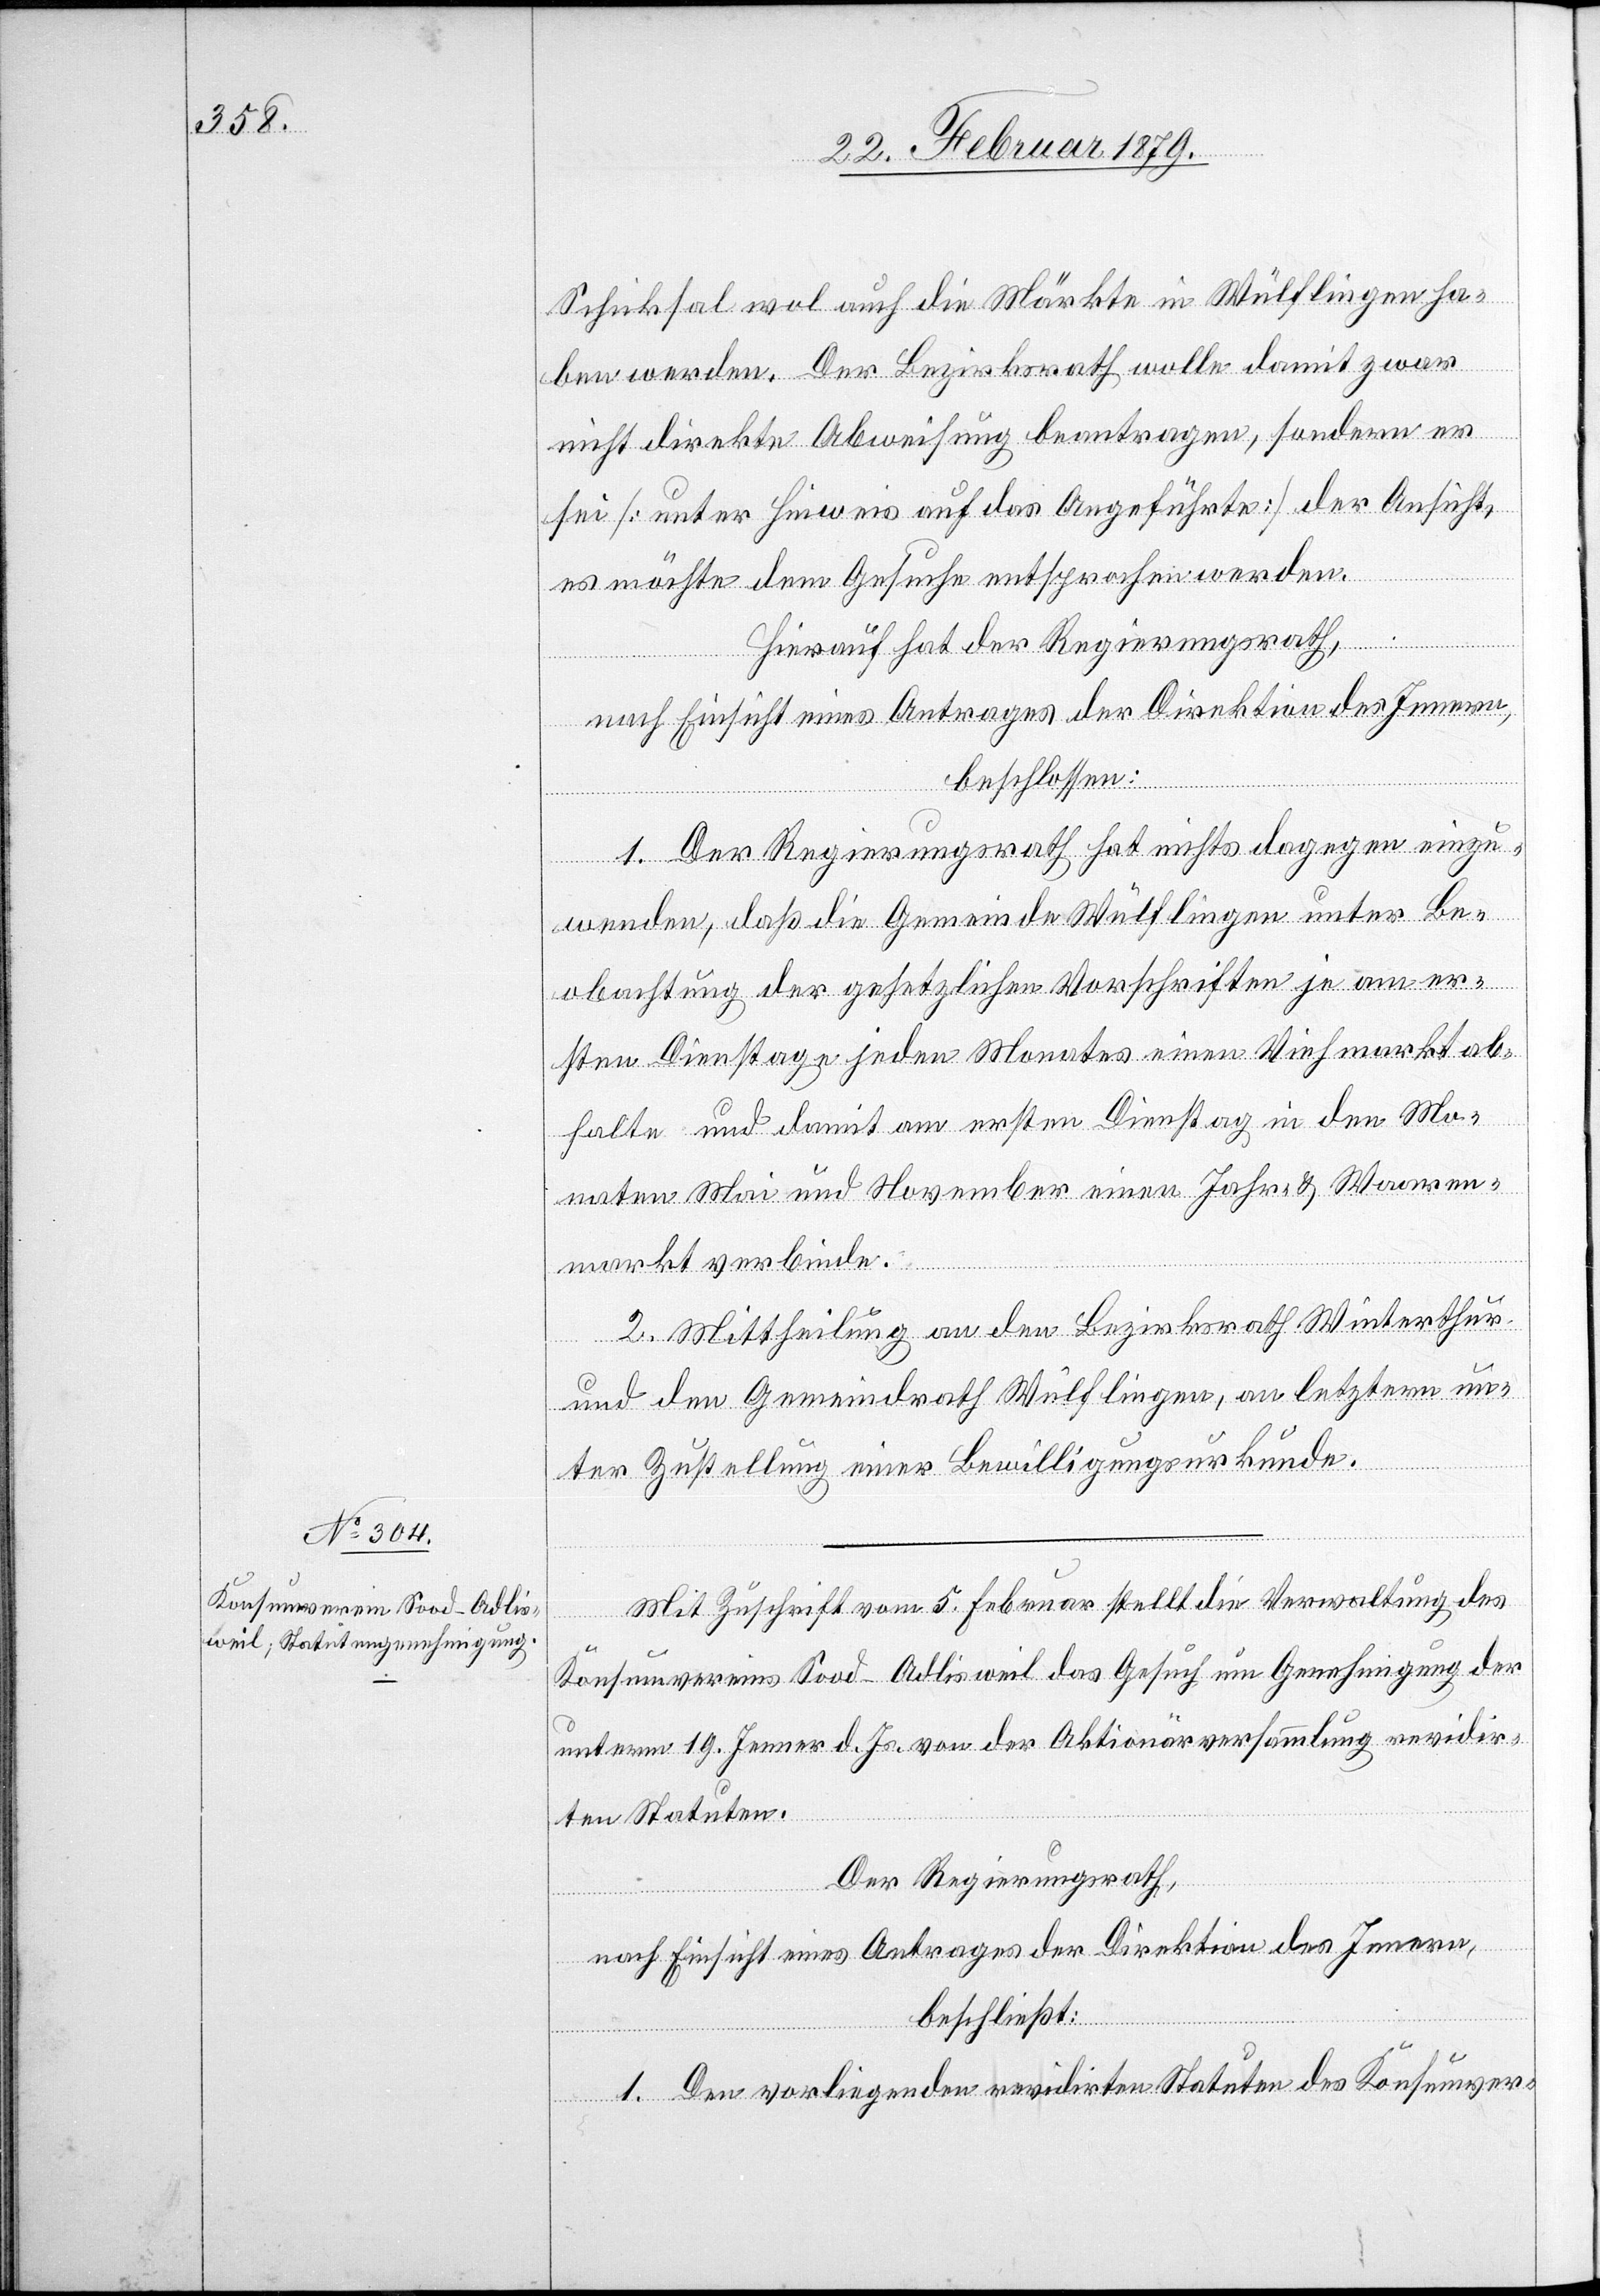
Schicksal wol auch die Märkte in Wülflingen ha¬
ben werden. Der Bezirksrath wolle damit zwar
nicht direkte Abweisung beantragen, sondern er
sei [unter Hinweis auf das Angeführte] der Ansicht,
es möchte dem Gesuche entsprochen werden.
Hierauf hat der Regierungsrath,
nach Einsicht eines Antrages der Direktion des Innern,
beschlossen:
1. Der Regierungsrath hat nichts dagegen einzu¬
wenden, daß die Gemeinde Wülflingen unter Be¬
obachtung der gesetzlichen Vorschriften je am er¬
sten Dienstage jeden Monates einen Viehmarkt ab¬
halte und damit am ersten Dienstag in den Mo¬
naten Mai und November einen Jahr- & Waaren¬
markt verbinde.
2. Mittheilung an den Bezirksrath Winterthur
und den Gemeindrath Wülflingen, an letztern un¬
ter Zustellung einer Bewilligungsurkunde.
Mit Zuschrift vom 5. Februar stellt die Verwaltung des
Konsumvereins Sood – Adlisweil das Gesuch um Genehmigung der
unterm 19. Jenner d. J. von der Aktionärversammlung revidir¬
ten Statuten.
Der Regierungsrath,
nach Einsicht eines Antrages der Direktion des Innern,
beschließt:
1. Den vorliegenden revidirten Statuten des Konsumver-